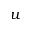
u